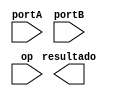
module ula (portA, portB, op, resultado);
	input [7:0]portA; 
	input [7:0]portB; 
	input [2:0]op; 
	output reg [7:0]resultado; 
	
endmodule